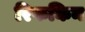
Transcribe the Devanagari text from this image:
रिफकिन